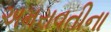
અમરાવતીના